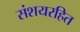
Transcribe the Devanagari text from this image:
संशयरहित